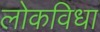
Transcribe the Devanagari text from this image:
लोकविधा